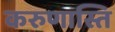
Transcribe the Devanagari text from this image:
करुणास्ति